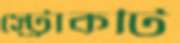
স্ট্রোকটি